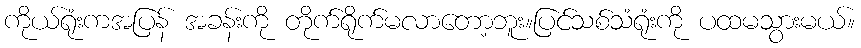
ကိုယ်ရုံးကအပြန် အခန်းကို တိုက်ရိုက်မလာတော့ဘူး။ပြင်သစ်သံရုံးကို ပထမသွားမယ်။